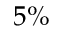
5 \%